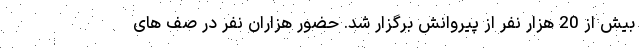
بیش از 20 هزار نفر از پیروانش برگزار شد. حضور هزاران نفر در صف های